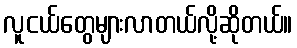
လူငယ်တွေများလာတယ်လို့ဆိုတယ်။